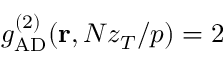
g _ { \mathrm { A D } } ^ { ( 2 ) } ( { \bf r } , N z _ { T } / p ) = 2